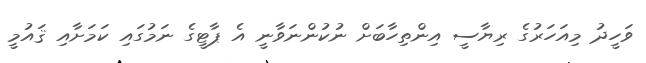
ވަހީދު މިއަހަރުގެ ރިޔާސީ އިންތިހާބަށް ނުކުންނަވާނީ އެ ޕާޓީގެ ނަމުގައި ކަމަށާއި ޤައުމީ